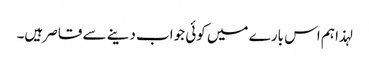
لہذا ہم اس بارے میں کوئی جواب دینے سے قاصر ہیں۔